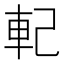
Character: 𨊲